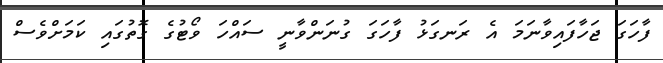
ފާހަގަ ޖަހާފައިވާނަމަ އެ ރަނގަޅު ފާހަގަ ގުނަންވާނީ ސައްހަ ވޯޓުގެ ގޮތުގައި ކަމަށްވެސް